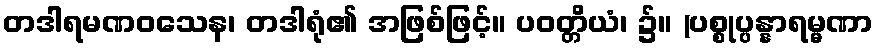
တဒါရမဏဝသေန၊ တဒါရုံ၏ အဖြစ်ဖြင့်။ ပဝတ္တိယံ၊ ၌။ (ပစ္စုပ္ပန္နာရမ္မဏာ